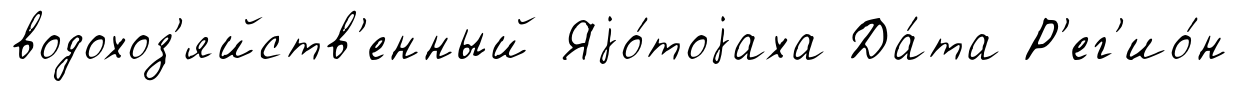
водохоз'яйств'енный Яjо́тоjаха Да́та Р'ег'ио́н